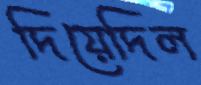
দিয়েদিল